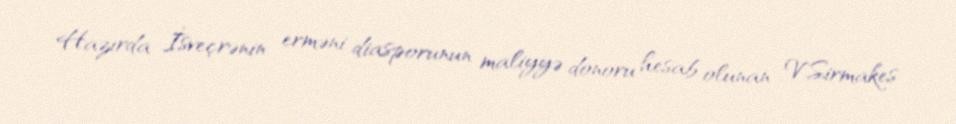
Hazırda İsveçrənin erməni diasporunun maliyyə donoru hesab olunan V.Sirmakes